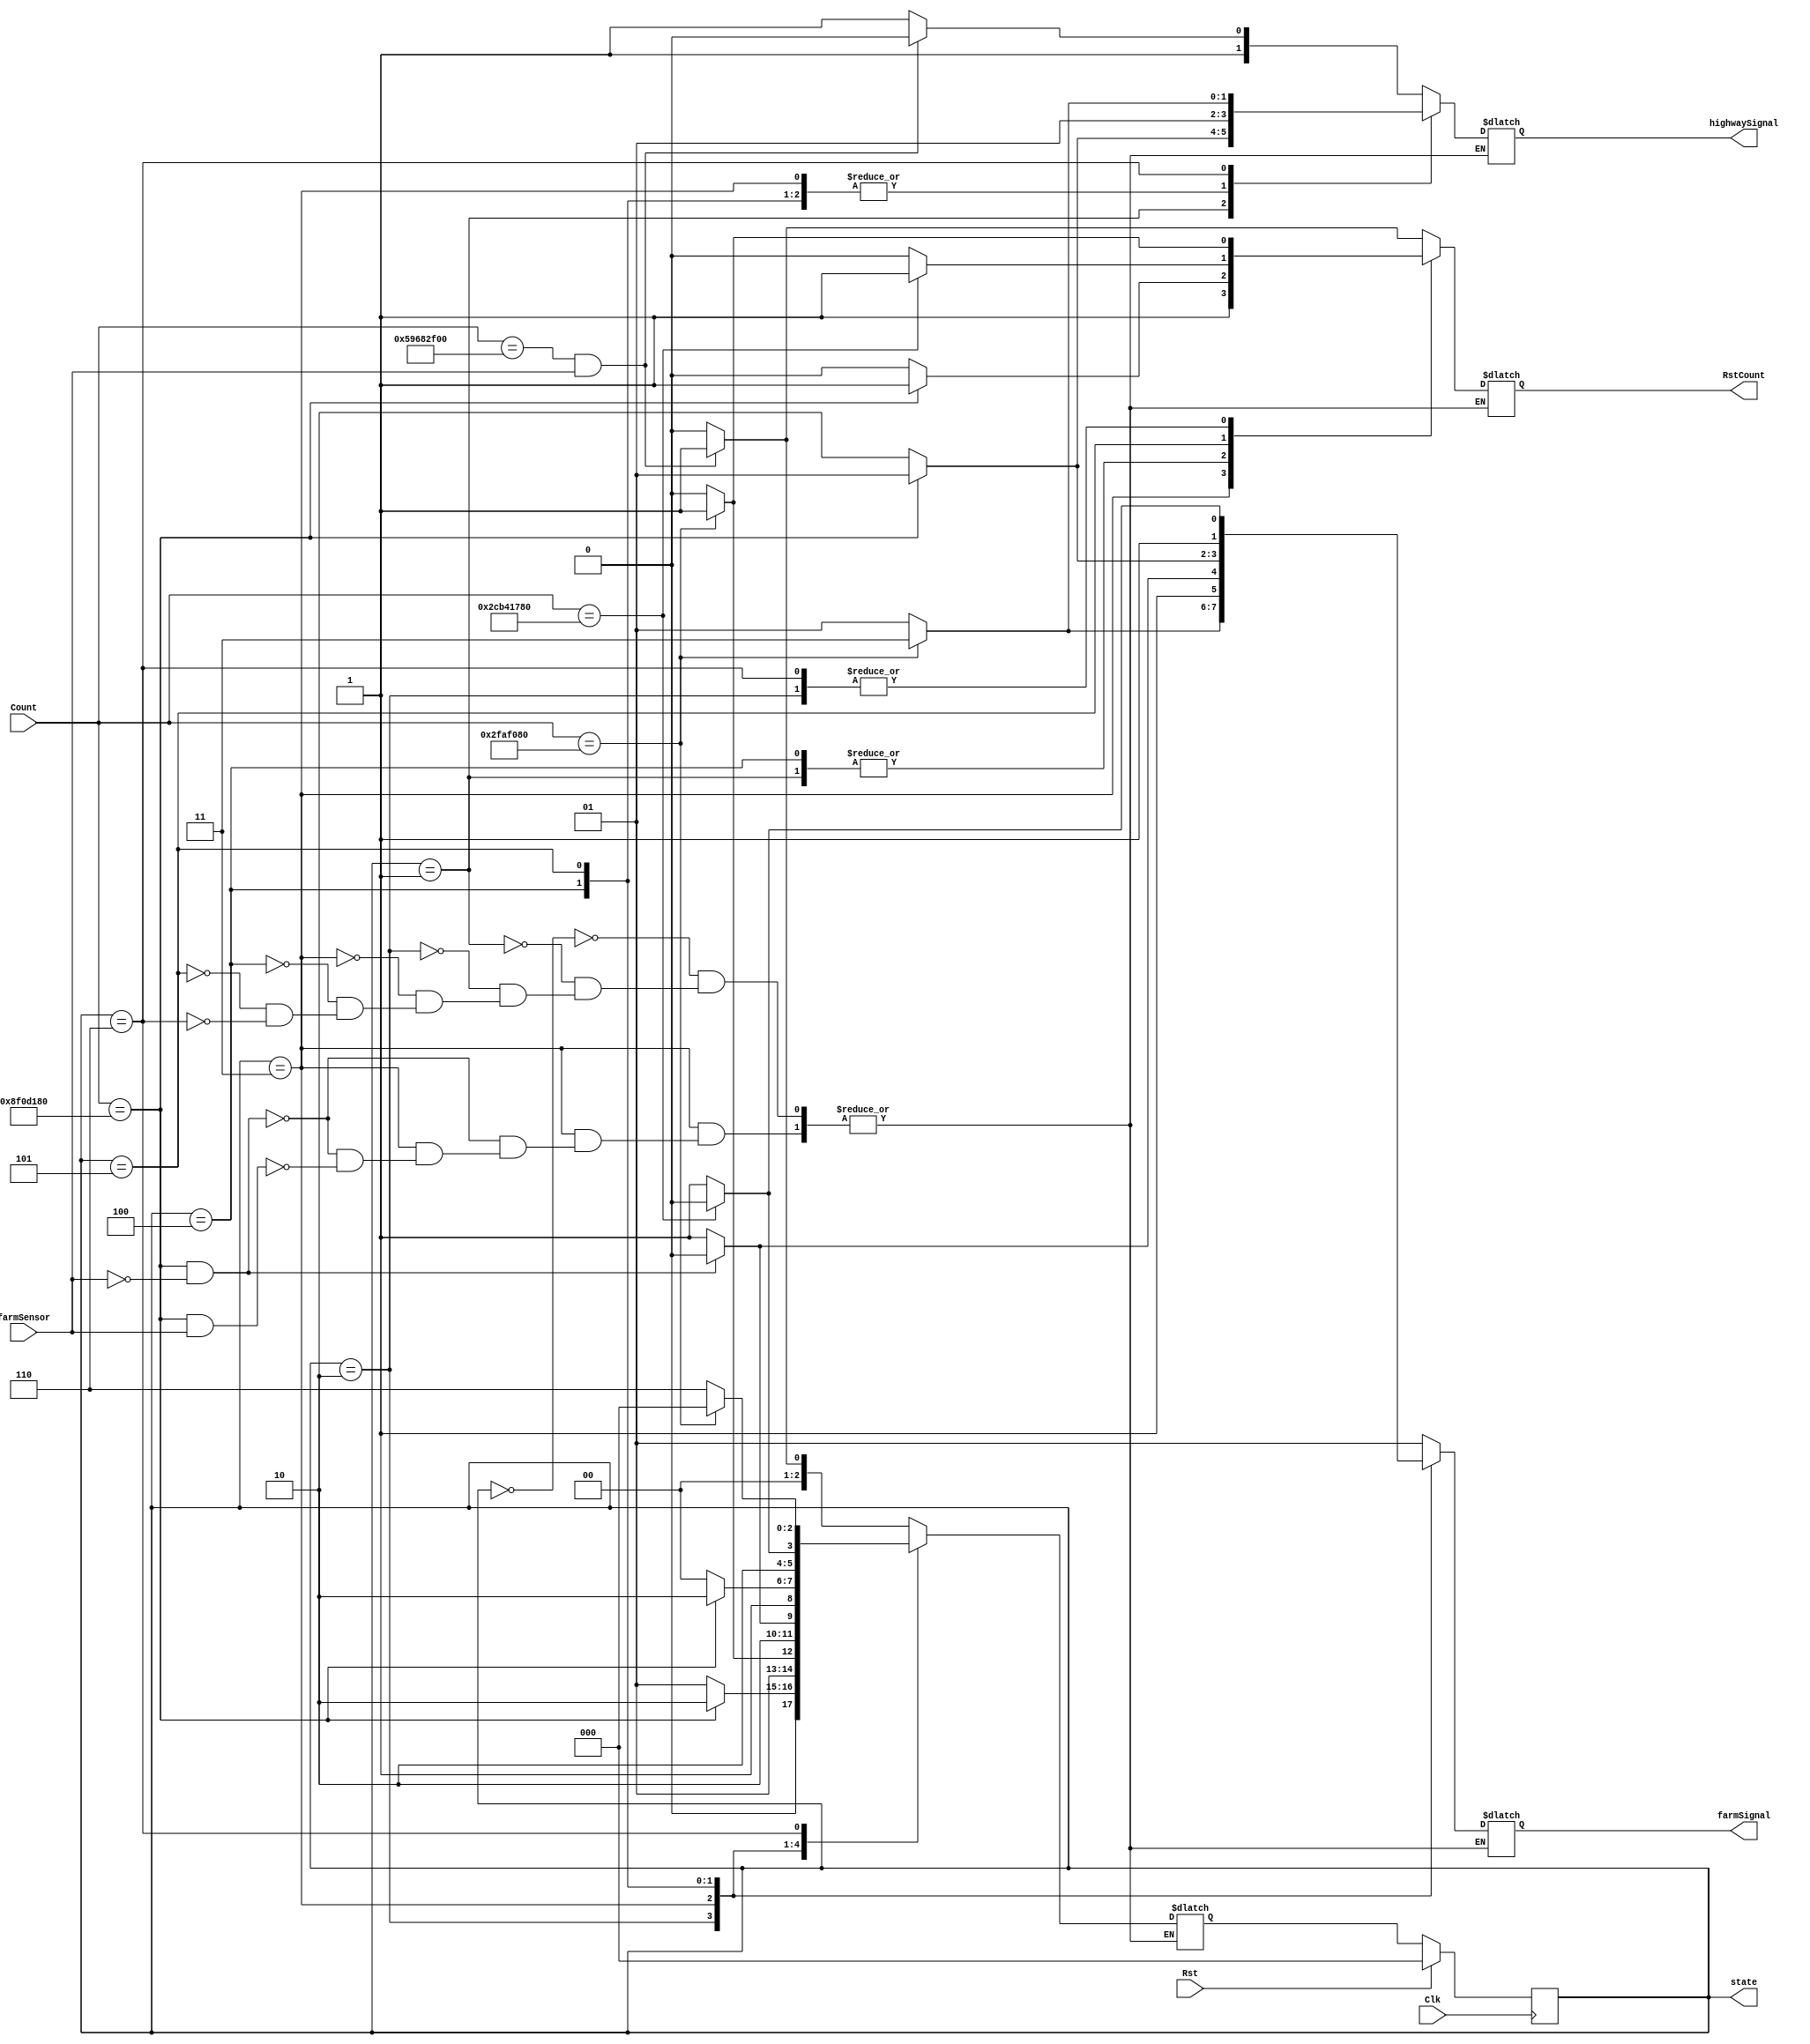
module tlc_fsm(
    output reg [2:0] state,     //output for debugging
    output reg  RstCount,       //use an always block
    //another always block for these as well
    output reg [1:0] highwaySignal, farmSignal,
    input wire [30:0] Count,
    input wire Clk, Rst,         //clock and reset
    input wire farmSensor      //car sensor
);

    // parameters make the code more readable
    parameter S0 = 3'b000,
              S1 = 3'b001,
              S2 = 3'b010,
              S3 = 3'b011,
              S4 = 3'b100,
              S5 = 3'b101,
              S6 = 3'b110,
              G = 2'b11,
              R = 2'b01,
              Y = 2'b10;
    
    // intermediate nets
    reg [2:0] nextState;
    
    // describe the next state logic
    always@(*)          //combinational
        case(state)
            S0: begin
                if(Count == 31'b1011001011010000010111100000000 && farmSensor == 1) begin       //Highway green until 30s and sensor
                    nextState = S1;
                    highwaySignal = Y;
                    farmSignal = R;
                    RstCount = 1;
                    end
                else begin
                    nextState = S0;
                    highwaySignal = G;
                    farmSignal = R;
                    RstCount = 0;
                    end
                end
            S1: begin
                if(Count == 31'b001000111100001101000110000000) begin                           //Highway transition to yellow
                    nextState = S2;
                    highwaySignal = R;
                    farmSignal = R;
                    RstCount = 1;
                    end
                else begin
                    nextState = S1;
                    highwaySignal = Y;
                    farmSignal = R;
                    RstCount = 0;
                    end
                end
            S2: begin
                if(Count == 31'b0000010111110101111000010000000) begin                          //Highway and farm red
                    nextState = S3;
                    highwaySignal = R;
                    farmSignal = G;
                    RstCount = 1;
                    end
                else begin
                    nextState = S2;
                    highwaySignal = R;
                    farmSignal = R;
                    RstCount = 0;
                    end
                end
            S3: begin
                if(Count == 31'b001000111100001101000110000000 && farmSensor == 0) begin        //Farm green for 3s and no sensor
                    nextState = S4;
                    highwaySignal = R;
                    farmSignal = Y;
                    RstCount = 1;
                    end
                else if (Count == 31'b001000111100001101000110000000 && farmSensor == 1) begin  //Farm green for 3s and sensor
                    nextState = S5;
                    highwaySignal = R;
                    farmSignal = G;
                    RstCount = 1;
                    end
                end
            S4: begin
                if(Count == 31'b001000111100001101000110000000) begin                           //Farm transition to yellow
                    nextState = S6;
                    highwaySignal = R;
                    farmSignal = R;
                    RstCount = 1;
                    end
                else begin
                    nextState = S4;
                    highwaySignal = R;
                    farmSignal = Y;
                    RstCount = 0;
                    end
                end
            S5: begin
                if(Count == 31'b0101100101101000001011110000000) begin                          //Farm green for 15s after 3s and sensor
                    nextState = S4;
                    highwaySignal = R;
                    farmSignal = Y;
                    RstCount = 1;
                    end
                else begin
                    nextState = S5;
                    highwaySignal = R;
                    farmSignal = G;
                    RstCount = 0;
                    end
                end
            S6: begin
                if (Count == 31'b0000010111110101111000010000000) begin                         //Highway and farm red
                    nextState = S0;
                    highwaySignal = G;
                    farmSignal = R;
                    RstCount = 1;
                    end
                else begin
                    nextState = S6;
                    highwaySignal = R;
                    farmSignal = R;
                    RstCount = 0;
                    end
                end
        endcase
    
    // describe the synchronous logic to hold out state
    always@(posedge Clk)
        if(Rst)
            state <= S0;
        else
            state <= nextState;
        
endmodule